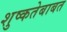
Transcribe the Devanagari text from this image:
शुष्कतेबाबत